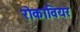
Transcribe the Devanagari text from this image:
रोकावियर